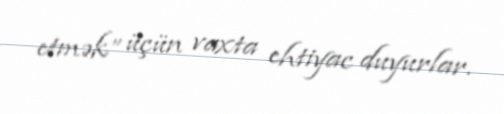
etmək” üçün vaxta ehtiyac duyurlar.